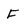
Character: F